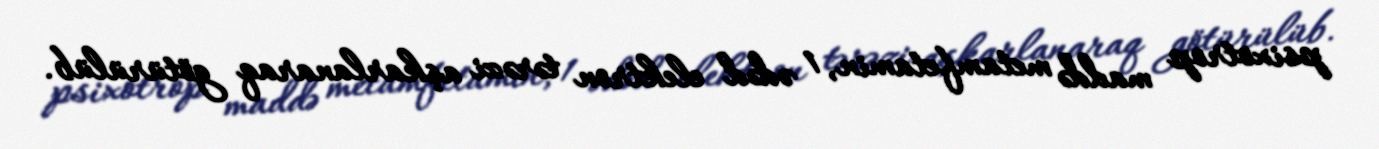
psixotrop maddə metamfetamin, 1 ədəd elektron tərəzi aşkarlanaraq götürülüb.